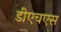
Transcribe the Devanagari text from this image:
डीएचएस